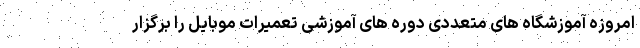
امروزه آموزشگاه های متعددی دوره های آموزشی تعمیرات موبایل را برگزار